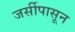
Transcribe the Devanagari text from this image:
जर्सीपासून